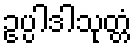
ဥပ္ပါဒါသုတ္တံ